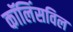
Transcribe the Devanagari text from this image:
कॉलिंसविल